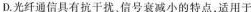
D.光纤通信具有抗干扰、信号衰减小的特点，适用于